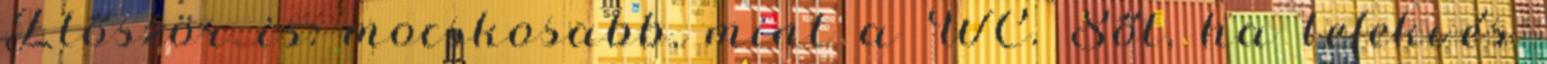
Először is: mocskosabb, mint a WC. Sőt, ha lefekvés